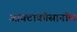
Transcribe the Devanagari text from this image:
आक्टाकोसानॉल